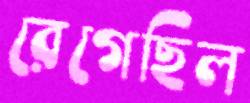
রেগেছিল